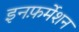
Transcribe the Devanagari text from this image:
इनफ़र्मेशन